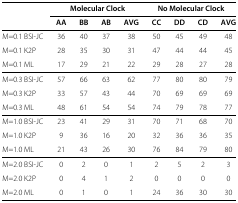
|  | <COLSPAN=4> Molecular Clock | <COLSPAN=4> No Molecular Clock |
 | --- | --- | --- | --- | --- | --- | --- | --- | --- |
 |  | AA | BB | AB | AVG | CC | DD | CD | AVG |
 | M=0.1 BSI-JC | 36 | 40 | 37 | 38 | 50 | 45 | 49 | 48 |
 | M=0.1 K2P | 28 | 35 | 30 | 31 | 47 | 44 | 44 | 45 |
 | M=0.1 ML | 17 | 29 | 21 | 22 | 29 | 28 | 27 | 28 |
 | M=0.3 BSI-JC | 57 | 66 | 63 | 62 | 77 | 80 | 80 | 79 |
 | M=0.3 K2P | 33 | 57 | 43 | 44 | 70 | 69 | 69 | 69 |
 | M=0.3 ML | 48 | 61 | 54 | 54 | 74 | 79 | 78 | 77 |
 | M=1.0 BSI-JC | 23 | 41 | 29 | 31 | 70 | 71 | 68 | 70 |
 | M=1.0 K2P | 9 | 36 | 16 | 20 | 32 | 36 | 36 | 35 |
 | M=1.0 ML | 21 | 43 | 26 | 30 | 76 | 84 | 79 | 80 |
 | M=2.0 BSI-JC | 0 | 2 | 0 | 1 | 2 | 5 | 2 | 3 |
 | M=2.0 K2P | 0 | 4 | 1 | 2 | 0 | 0 | 0 | 0 |
 | M=2.0 ML | 0 | 1 | 0 | 1 | 24 | 36 | 30 | 30 |